Scottish Leaving Certificate Examination, 1960
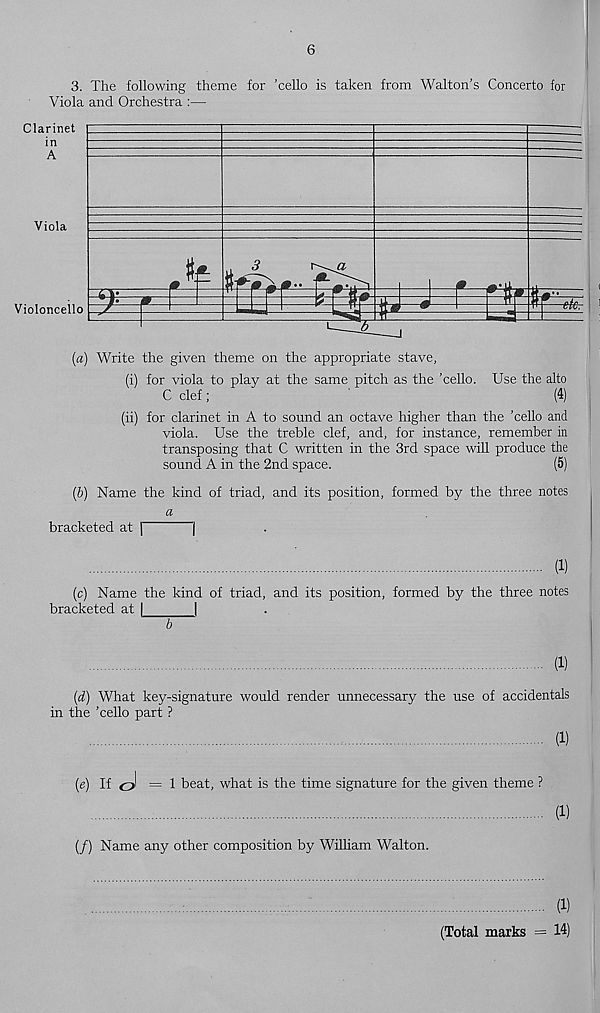
6
3. The following theme for ’cello is taken from Walton’s Concerto for
Viola and Orchestra :—
Clarinet
in
A
Viola
Violoncello
(a) Write the given theme on the appropriate stave,
(i) for viola to play at the same pitch as the ’cello. Use the alto
C clef;
'
(4)
(ii) for clarinet in A to sound an octave higher than the ’cello and
viola. Use the treble clef, and, for instance, remember in
transposing that C written in the 3rd space will produce the
sound A in the 2nd space.
(5)
(b) Name the kind of triad, and its position, formed by the three notes
a
bracketed at j
]
(1)
(c) Name the kind of triad, and its position, formed by the three notes
bracketed at |
|
b
(1)
[d) What key-signature would render unnecessary the use of accidentals
in the ’cello part ?
(1)
(«) If
=1 beat, what is the time signature for the given theme ?
(1)
(/) Name any other composition by William Walton.
(1)
(Total marks = 14)